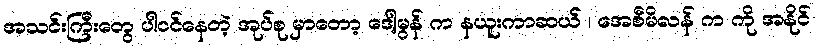
အသင်းကြီးတွေ ပါဝင်နေတဲ့ အုပ်စု မှာတော့ ဒေါ့မွန် က နယူးကာဆယ် ၊ အေစီမိလန် က ကို အနိုင်